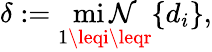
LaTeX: \delta:=\operatorname*{mi\mathcal{N}}_{1\leqi\leqr}\{ d_{i}\} ,